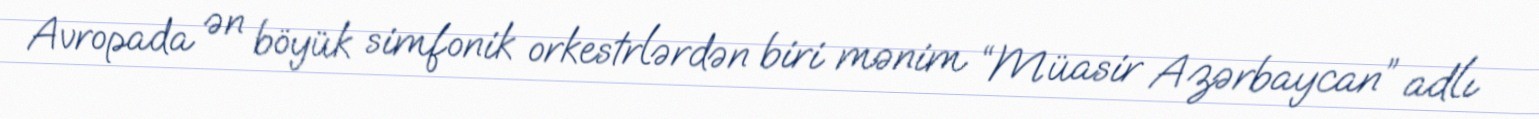
Avropada ən böyük simfonik orkestrlərdən biri mənim “Müasir Azərbaycan” adlı